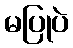
မပြုပဲ